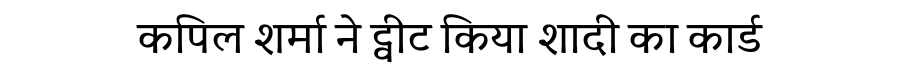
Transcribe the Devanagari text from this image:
कपिल शर्मा ने ट्वीट किया शादी का कार्ड